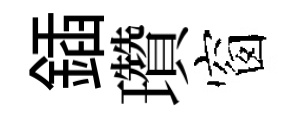
鍤瓚窗